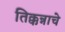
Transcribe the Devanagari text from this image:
तिक्कन्नाचे